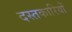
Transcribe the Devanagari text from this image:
दस्तकारियों